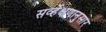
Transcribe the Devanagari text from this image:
सर्व्हेक्षणानुसार